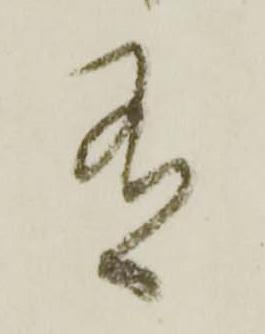
有